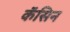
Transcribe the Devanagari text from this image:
कॅसिन